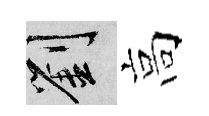
劉高